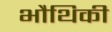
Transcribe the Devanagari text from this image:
भौथिकी